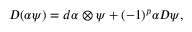
D ( \alpha \psi ) = d \alpha \otimes \psi + ( - 1 ) ^ { p } \alpha D \psi ,